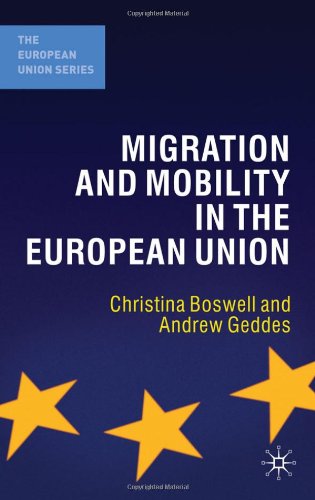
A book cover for Migration and Mobility in the European Union (The European Union Series); Andrew Geddes; Business & Money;